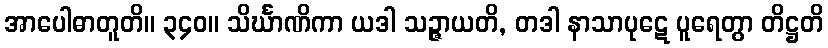
အာပေါဓာတူတိ။ ၃၄၀။ သိင်္ဃာဏိကာ ယဒါ သဉ္ဇာယတိ, တဒါ နာသာပုဋေ ပူရေတွာ တိဋ္ဌတိ